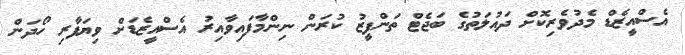
އެސްއީޒެޑް މެދުވެރިކޮށް ދައުލަތުގެ ބަޖެޓް ތަންފީޒު ކުރަން ނިންމާފައިވާއިރު އެސްއީޒެޑަށް ވިޔަފާރި ހޯދަން